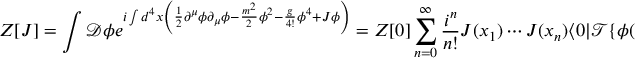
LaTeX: Z [ J ] = \int { \mathcal { D } } \phi e ^ { i \int d ^ { 4 } x \left( { \frac { 1 } { 2 } } \partial ^ { \mu } \phi \partial _ { \mu } \phi - { \frac { m ^ { 2 } } { 2 } } \phi ^ { 2 } - { \frac { g } { 4 ! } } \phi ^ { 4 } + J \phi \right) } = Z [ 0 ] \sum _ { n = 0 } ^ { \infty } { \frac { i ^ { n } } { n ! } } J ( x _ { 1 } ) \cdots J ( x _ { n } ) \langle 0 | { \mathcal { T } } \{ \phi ( x _ { 1 } ) \cdots \phi ( x _ { n } ) \} | 0 \rangle .